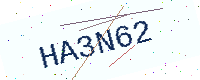
Text: HA3N62